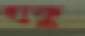
হাকু